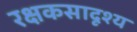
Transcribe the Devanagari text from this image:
रक्षकसादृश्य